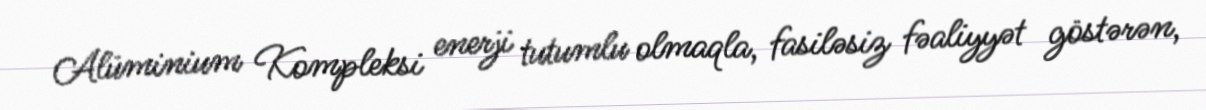
Alüminium Kompleksi enerji tutumlu olmaqla, fasiləsiz fəaliyyət göstərən,